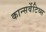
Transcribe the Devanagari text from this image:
कान्सर्वेटिव्स